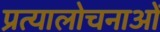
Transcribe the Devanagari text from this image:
प्रत्यालोचनाओं